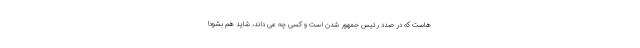
هاست که در صدد رئیس جمهور شدن است و کسی چه می داند، شاید هم بشود!